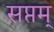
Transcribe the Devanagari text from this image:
सप्तम्‌